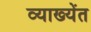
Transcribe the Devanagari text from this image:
व्याख्येंत